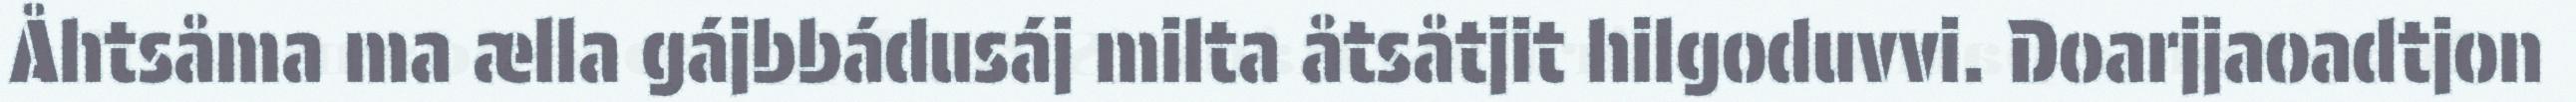
Åhtsåma ma ælla gájbbádusáj milta åtsåtjit hilgoduvvi. Doarjjaoadtjon